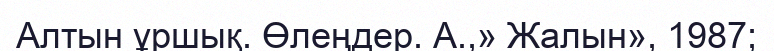
Алтын ұршық. Өлеңдер. А.,» Жалын», 1987;